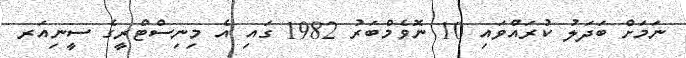
ނަމަށް ބަދަލު ކުރައްވައި 10 ނޮވެމްބަރު 1982 ގައި އެ މިނިސްޓްރީގެ ސީނިއަރ